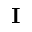
\mathbf { I }